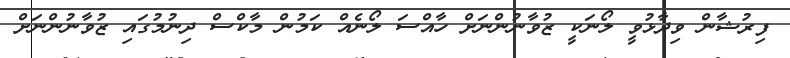
ފިރުޝާން ވިދާޅުވީ ލޯނަކީ ޒުވާނުންނަށް ހާއްސަ ލޯނެއް ކަމުން މާކްސް ދިނުމުގައި ޒުވާނުންނަށް